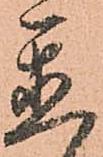
置